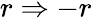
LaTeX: r\Rightarrow-r